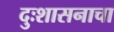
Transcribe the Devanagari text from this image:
दुःशासनाचा